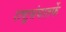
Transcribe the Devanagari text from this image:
राष्ट्र्रसंघातर्फे